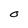
Character: O